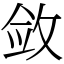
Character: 敛